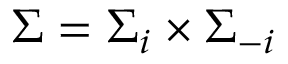
\Sigma = \Sigma _ { i } \times \Sigma _ { - i }